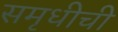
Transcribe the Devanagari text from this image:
समृधीची